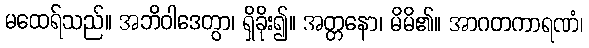
မထေရ်သည်။ အဘိဝါဒေတွာ၊ ရှိခိုး၍။ အတ္တနော၊ မိမိ၏။ အာဂတကာရဏံ၊